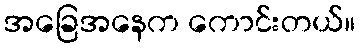
အခြေအနေက ကောင်းတယ်။